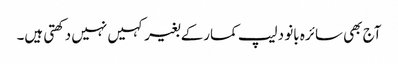
آج بھی سائرہ بانو دلیپ کمارکے بغیر کہیں نہیں دکھتی ہیں۔